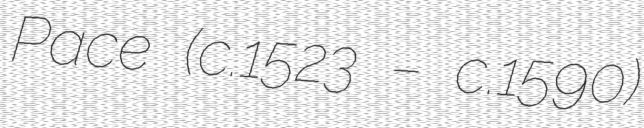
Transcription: Pace (c.1523 – c.1590)